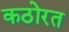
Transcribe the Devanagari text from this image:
कठोरत